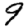
Digit: 9